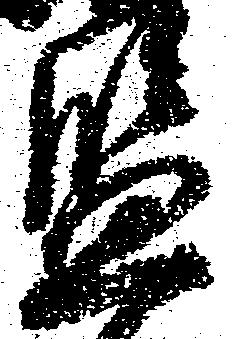
監